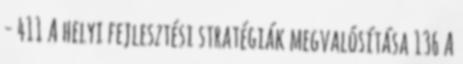
- 411 A helyi fejlesztési stratégiák megvalósítása 136 A